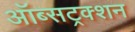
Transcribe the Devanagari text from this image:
ऑब्सट्रक्शन